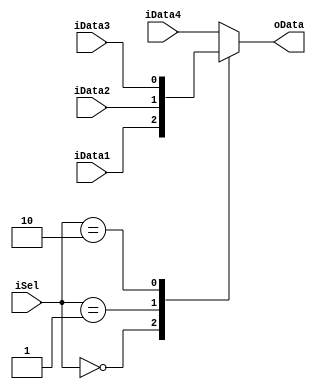
/************************************************


Verilog-2001

input      iData1,iData2,iData3,iData4 4 1bit
                 iSel    2bit
      output     oData    1 bit
               
      


		
2017/12/27  
************************************************/
module muxFourtoOne(
input					iData1,iData2,iData3,iData4,
input			[1:0]	iSel,
output reg			oData);
always @(iData1, iData2, iData3, iData4, iSel)
begin
	case(iSel)
	2'b00: oData = iData1;
	2'b01: oData = iData2;
	2'b10: oData = iData3;
	default:	oData = iData4;
	endcase
end
endmodule